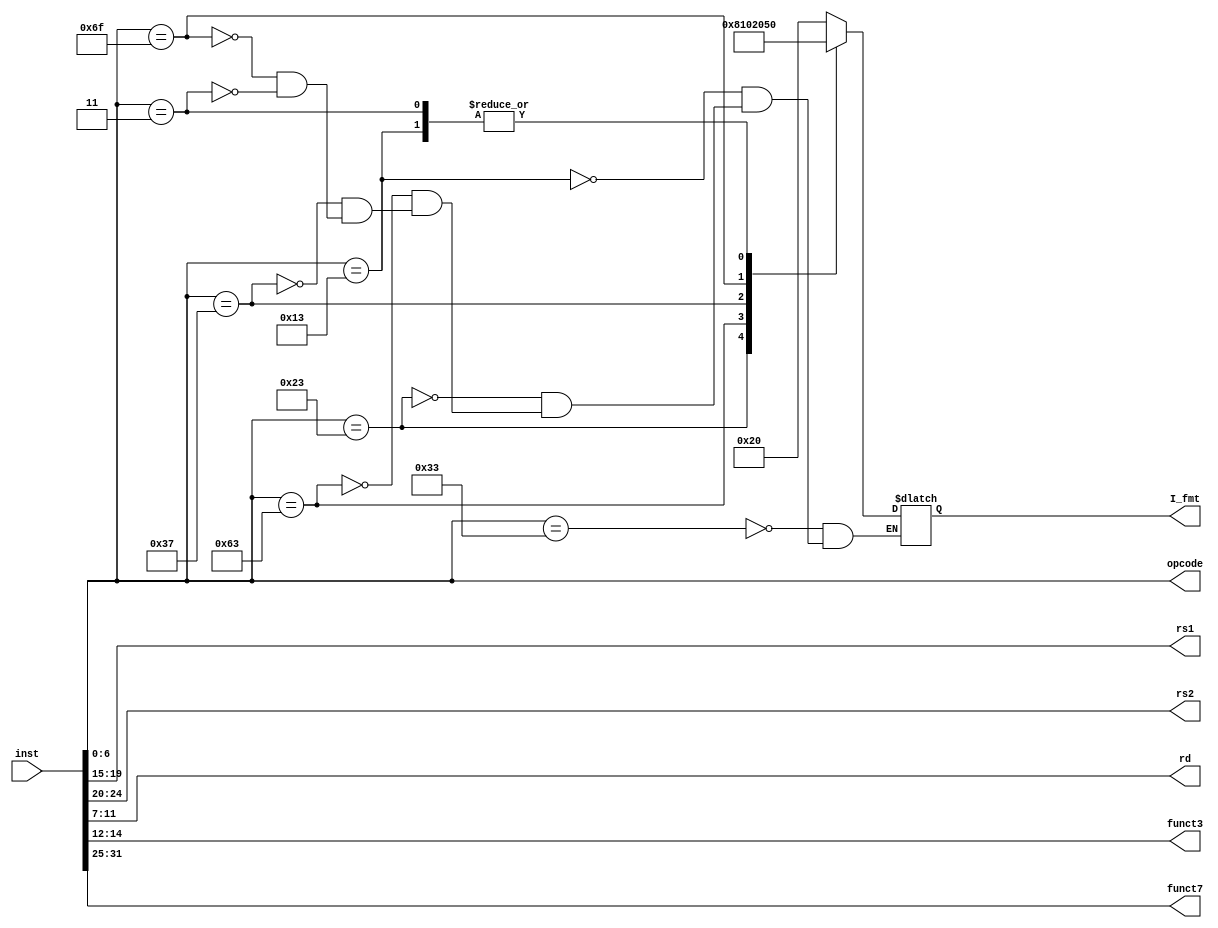
module trans(input [31:0]inst,
output [4:0]rs1,output [4:0]rs2,output [4:0]rd,
output [6:0]opcode,output [2:0]funct3,output [6:0]funct7,
output reg[5:0]I_fmt
    );

assign opcode = inst[6:0];
assign funct7=inst[31:25];
assign rs2=inst[24:20];
assign rs1=inst[19:15];
assign funct3=inst[14:12];
assign rd=inst[11:7];
always @(*) begin
  case (opcode)
//RISBUJ
//R
    7'b0110011: begin
      
      I_fmt=6'b100000;
    end
    //I
    7'b0010011:begin
      I_fmt=6'b010000;
    end
    //S
    7'b0100011:begin

      I_fmt=6'b001000;
    end
    //B
    7'b1100011:begin
      I_fmt=6'b000100;

    end
    //U
    7'b0110111:begin
      I_fmt=6'b000010;
    end
    //J
    7'b1101111:begin
      I_fmt=6'b000001;
    end
    //lw
    7'b0000011:I_fmt=6'b010000;
endcase
end

endmodule